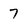
Character: 7